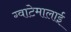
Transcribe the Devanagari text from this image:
ग्वाटेमालाई